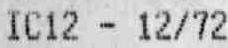
IC12 - 12/72